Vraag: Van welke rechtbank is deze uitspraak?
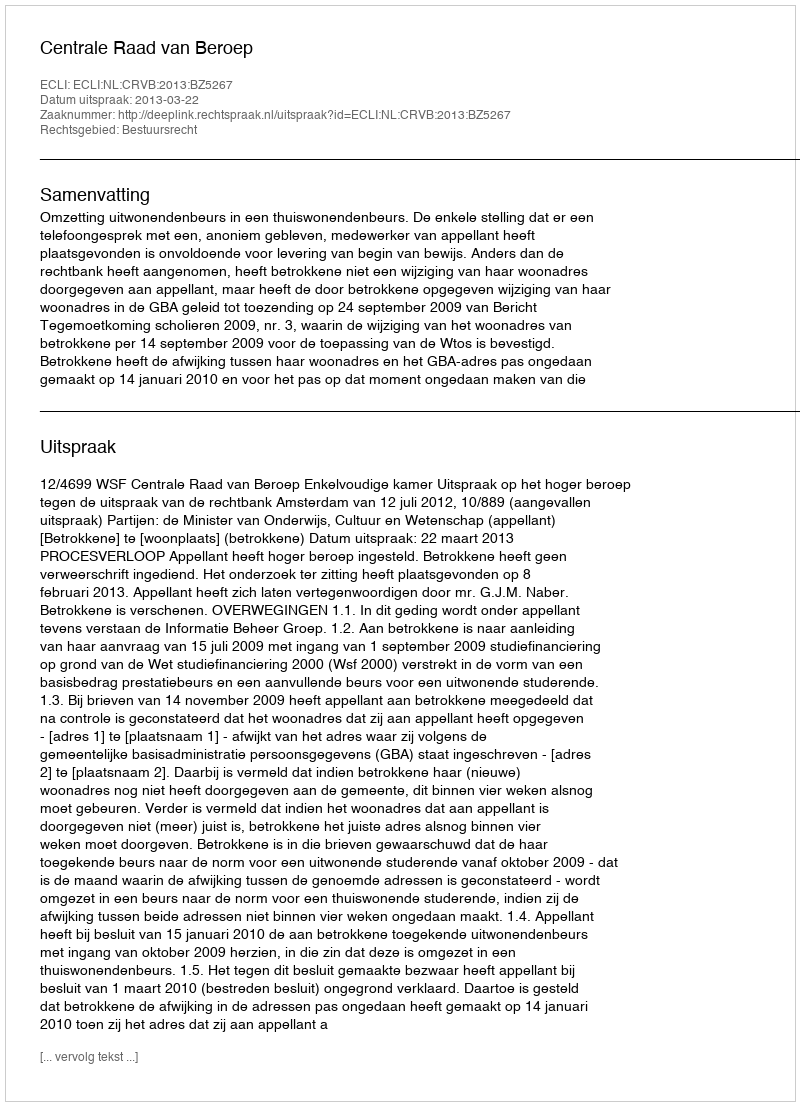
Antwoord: Centrale Raad van Beroep